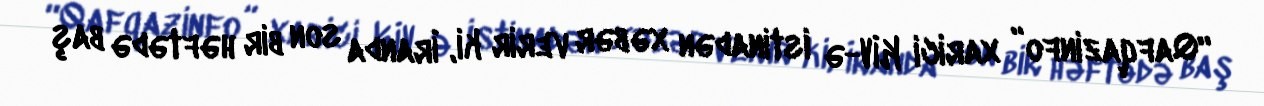
“Qafqazinfo” xarici KİV-ə istinadən xəbər verir ki, İranda son bir həftədə baş